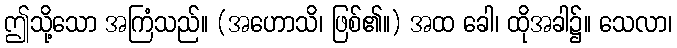
ဤသို့သော အကြံသည်။ (အဟောသိ၊ ဖြစ်၏။) အထ ခေါ၊ ထိုအခါ၌။ သေလာ၊